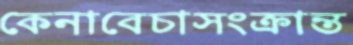
কেনাবেচাসংক্রান্ত